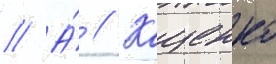
// А́ // Кащенко